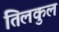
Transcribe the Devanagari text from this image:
तिलकुल